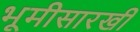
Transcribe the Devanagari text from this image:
भूमीसारखी